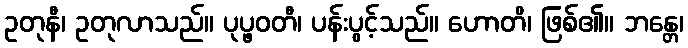
ဥတုနီ၊ ဥတုလာသည်။ ပုပ္ဖဝတီ၊ ပန်းပွင့်သည်။ ဟောတိ၊ ဖြစ်၏။ ဘန္တေ၊